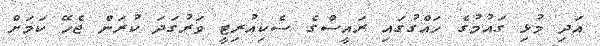
އަދި މުޅި ގައުމުގެ ހައްގުގައި ރައީސްގެ ސެކިއުރިޓީ ވަރުގަދަ ކުރަން ޖެހޭ ކަމަށް